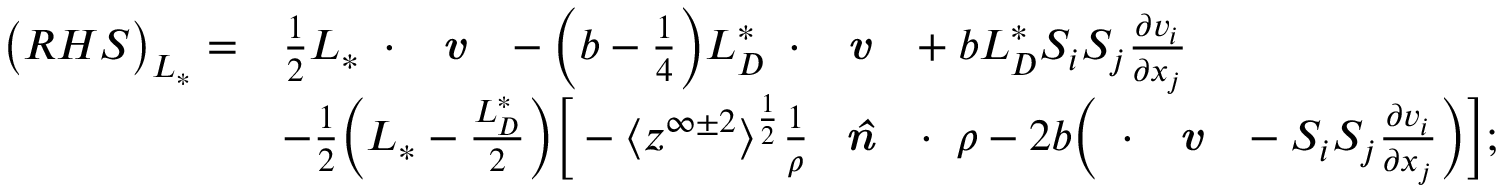
\begin{array} { r l } { \big ( R H S \big ) _ { L _ { * } } = } & { \frac { 1 } { 2 } { L _ { * } } \mathbf { \nabla } \cdot \textbf { \emph { v } } - \Big ( b - \frac { 1 } { 4 } \Big ) { L _ { D } ^ { * } } \mathbf { \nabla } \cdot \textbf { \emph { v } } + b { L _ { D } ^ { * } } S _ { i } S _ { j } \frac { \partial v _ { i } } { \partial x _ { j } } } \\ & { - \frac { 1 } { 2 } \Big ( { L _ { * } } - \frac { L _ { D } ^ { * } } { 2 } \Big ) \Big [ - \big < z ^ { \infty \pm 2 } \big > ^ { \frac { 1 } { 2 } } \frac { 1 } { \rho } \textbf { \emph { \^ n } } \cdot \mathbf { \nabla } \rho - 2 b \Big ( \mathbf { \nabla } \cdot \textbf { \emph { v } } - S _ { i } S _ { j } \frac { \partial v _ { i } } { \partial x _ { j } } \Big ) \Big ] ; } \end{array}